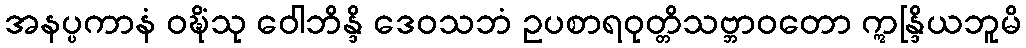
အနပ္ပကာနံ ဝဍ္ဎိံသု ဝေါဘိန္ဒိ ဒေဝသဘံ ဥပစာရဝုတ္တိသဗ္ဘာဝတော ဣန္ဒြိယဘူမိ